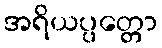
အရိယပ္ပတ္တော